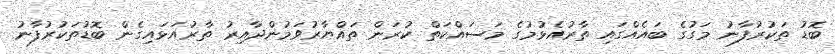
ބޮޑު ތަކުރުފާނު މަގުގެ ބައެއްގައި ތާރުއެޅުމުގެ މަސައްކަތް ކުރަން ތައްޔާރުވަމުންދާއިރު ތާރުއަޅައިގެން ބޮޑުތަކުރުފާނު